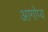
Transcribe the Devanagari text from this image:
आगोप्य